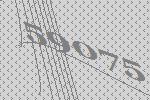
59075